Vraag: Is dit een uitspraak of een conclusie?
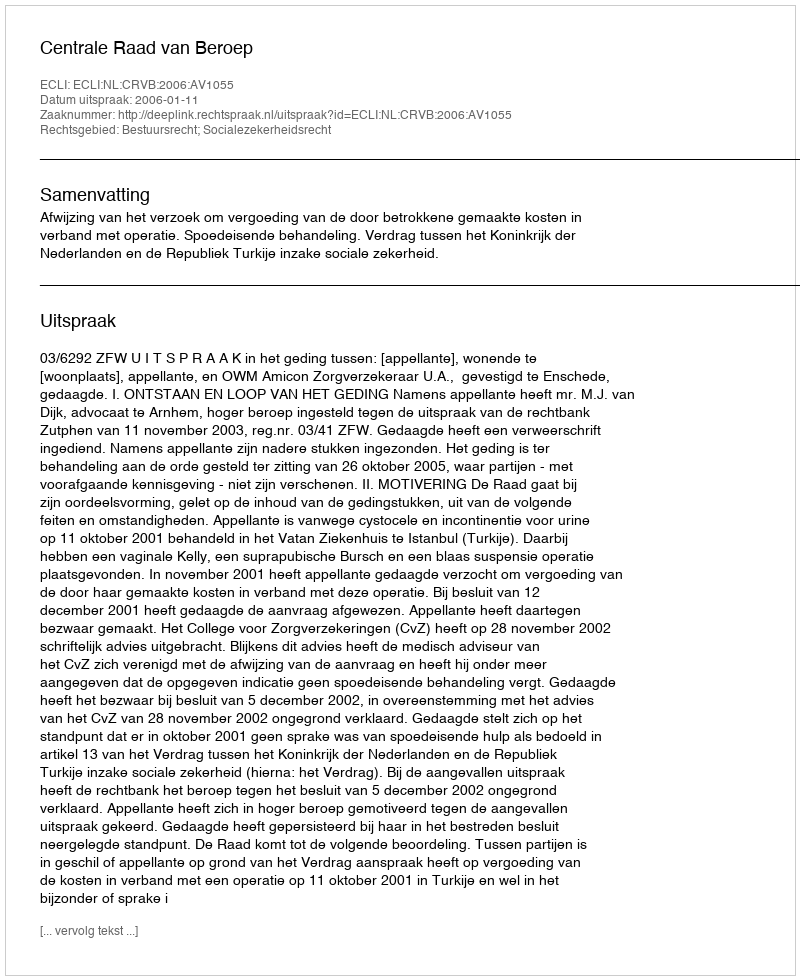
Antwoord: Uitspraak